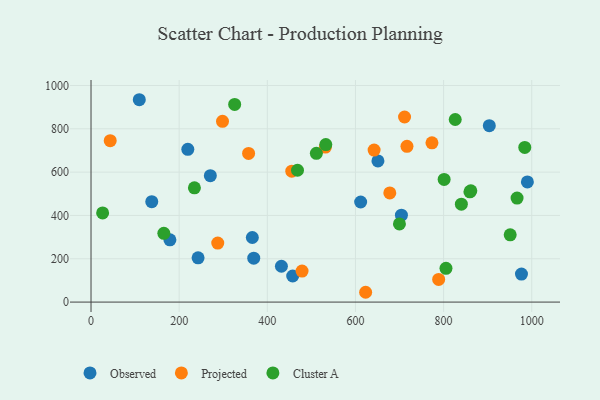
{"axis": {"x": "Speed", "y": "Exam Score"}, "legend": ["Cluster A", "Observed", "Projected"], "data": [{"x": "366.0", "y": 298.1, "type": "Observed"}, {"x": "219.6", "y": 705.4, "type": "Observed"}, {"x": "179.0", "y": 287.3, "type": "Observed"}, {"x": "704.3", "y": 401.5, "type": "Observed"}, {"x": "242.9", "y": 204.2, "type": "Observed"}, {"x": "976.7", "y": 129.1, "type": "Observed"}, {"x": "369.2", "y": 202.6, "type": "Observed"}, {"x": "457.6", "y": 120.4, "type": "Observed"}, {"x": "109.5", "y": 934.3, "type": "Observed"}, {"x": "270.7", "y": 583.6, "type": "Observed"}, {"x": "990.1", "y": 554.7, "type": "Observed"}, {"x": "903.7", "y": 814.5, "type": "Observed"}, {"x": "651.0", "y": 651.8, "type": "Observed"}, {"x": "611.8", "y": 462.0, "type": "Observed"}, {"x": "137.8", "y": 463.5, "type": "Observed"}, {"x": "432.0", "y": 165.5, "type": "Observed"}, {"x": "298.3", "y": 834.6, "type": "Projected"}, {"x": "478.8", "y": 143.2, "type": "Projected"}, {"x": "531.9", "y": 715.7, "type": "Projected"}, {"x": "455.5", "y": 604.6, "type": "Projected"}, {"x": "642.3", "y": 701.9, "type": "Projected"}, {"x": "773.6", "y": 735.2, "type": "Projected"}, {"x": "716.9", "y": 719.2, "type": "Projected"}, {"x": "623.1", "y": 45.3, "type": "Projected"}, {"x": "788.8", "y": 104.4, "type": "Projected"}, {"x": "357.5", "y": 686.4, "type": "Projected"}, {"x": "711.4", "y": 854.5, "type": "Projected"}, {"x": "287.5", "y": 272.3, "type": "Projected"}, {"x": "677.9", "y": 504.0, "type": "Projected"}, {"x": "43.5", "y": 745.2, "type": "Projected"}, {"x": "532.7", "y": 727.0, "type": "Cluster A"}, {"x": "325.9", "y": 912.8, "type": "Cluster A"}, {"x": "801.2", "y": 566.4, "type": "Cluster A"}, {"x": "951.1", "y": 310.6, "type": "Cluster A"}, {"x": "859.7", "y": 509.2, "type": "Cluster A"}, {"x": "840.3", "y": 451.9, "type": "Cluster A"}, {"x": "984.2", "y": 714.0, "type": "Cluster A"}, {"x": "165.2", "y": 317.4, "type": "Cluster A"}, {"x": "861.8", "y": 513.5, "type": "Cluster A"}, {"x": "234.6", "y": 527.6, "type": "Cluster A"}, {"x": "699.8", "y": 361.0, "type": "Cluster A"}, {"x": "26.3", "y": 411.6, "type": "Cluster A"}, {"x": "805.4", "y": 156.0, "type": "Cluster A"}, {"x": "511.3", "y": 686.7, "type": "Cluster A"}, {"x": "966.7", "y": 480.4, "type": "Cluster A"}, {"x": "468.5", "y": 608.6, "type": "Cluster A"}, {"x": "826.4", "y": 843.1, "type": "Cluster A"}]}